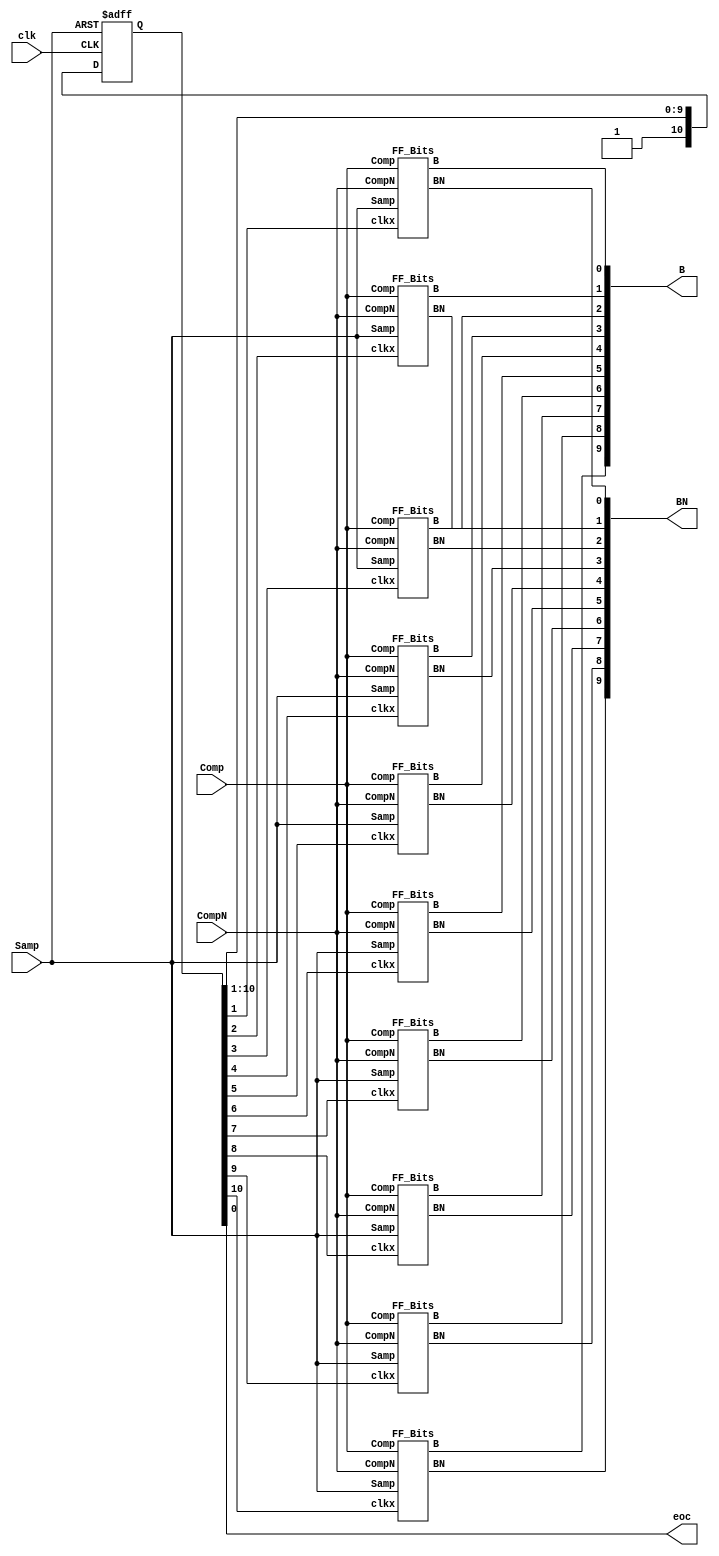
/// sta-blackbox
// SPDX-FileCopyrightText: OnChip - UIS
//
// Licensed under the Apache License, Version 2.0 (the "License");
// you may not use this file except in compliance with the License.
// You may obtain a copy of the License at
//
//      http://www.apache.org/licenses/LICENSE-2.0
//
// Unless required by applicable law or agreed to in writing, software
// distributed under the License is distributed on an "AS IS" BASIS,
// WITHOUT WARRANTIES OR CONDITIONS OF ANY KIND, either express or implied.
// See the License for the specific language governing permissions and
// limitations under the License.
// SPDX-License-Identifier: Apache-2.0

module ADC_SAR_Logic_Monotonic(
    `ifdef USE_POWER_PINS
        inout vdd,	// User area 1 1.8V supply
        inout vss,	// User area 1 digital ground
    `endif
    input Comp, CompN, Samp, clk,
    output eoc,
    output [9:0] B,
    output [9:0] BN
);

reg [10:0] clkx;
assign eoc = clkx[0];

    always @(posedge clk or posedge Samp) begin
        if (Samp) begin
            clkx <= 11'd0;
        end else begin
            clkx[10] <= 1'b1;
            clkx[9:0] <= clkx[10:1];
        end
    end

    FF_Bits FF_B9(
        .Comp(Comp),
        .CompN(CompN),
        .Samp(Samp),
        .clkx(clkx[10]),
        .B(B[9]),
        .BN(BN[9])
    );

    FF_Bits FF_B8(
        .Comp(Comp),
        .CompN(CompN),
        .Samp(Samp),
        .clkx(clkx[9]),
        .B(B[8]),
        .BN(BN[8])
    );

    FF_Bits FF_B7(
        .Comp(Comp),
        .CompN(CompN),
        .Samp(Samp),
        .clkx(clkx[8]),
        .B(B[7]),
        .BN(BN[7])
    );

    FF_Bits FF_B6(
        .Comp(Comp),
        .CompN(CompN),
        .Samp(Samp),
        .clkx(clkx[7]),
        .B(B[6]),
        .BN(BN[6])
    );

    FF_Bits FF_B5(
        .Comp(Comp),
        .CompN(CompN),
        .Samp(Samp),
        .clkx(clkx[6]),
        .B(B[5]),
        .BN(BN[5])
    );

    FF_Bits FF_B4(
        .Comp(Comp),
        .CompN(CompN),
        .Samp(Samp),
        .clkx(clkx[5]),
        .B(B[4]),
        .BN(BN[4])
    );

    FF_Bits FF_B3(
        .Comp(Comp),
        .CompN(CompN),
        .Samp(Samp),
        .clkx(clkx[4]),
        .B(B[3]),
        .BN(BN[3])
    );

    FF_Bits FF_B2(
        .Comp(Comp),
        .CompN(CompN),
        .Samp(Samp),
        .clkx(clkx[3]),
        .B(B[2]),
        .BN(BN[2])
    );

    FF_Bits FF_B1(
        .Comp(Comp),
        .CompN(CompN),
        .Samp(Samp),
        .clkx(clkx[2]),
        .B(B[1]),
        .BN(BN[1])
    );

    FF_Bits FF_B0(
        .Comp(Comp),
        .CompN(CompN),
        .Samp(Samp),
        .clkx(clkx[1]),
        .B(B[0]),
        .BN(BN[0])
    );

endmodule

//FlipFlops Module to save space

module FF_Bits(
    input Comp, CompN, Samp, clkx,
    output reg B, BN
);

    always @(posedge clkx or posedge Samp) begin
        if (Samp) begin
            B <= 0;
            BN <= 0;
        end else begin
            B <= Comp;
            BN <= CompN;
        end
    end

endmodule